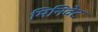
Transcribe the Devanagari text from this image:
मिनिवेट